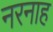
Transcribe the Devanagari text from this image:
नरनाह